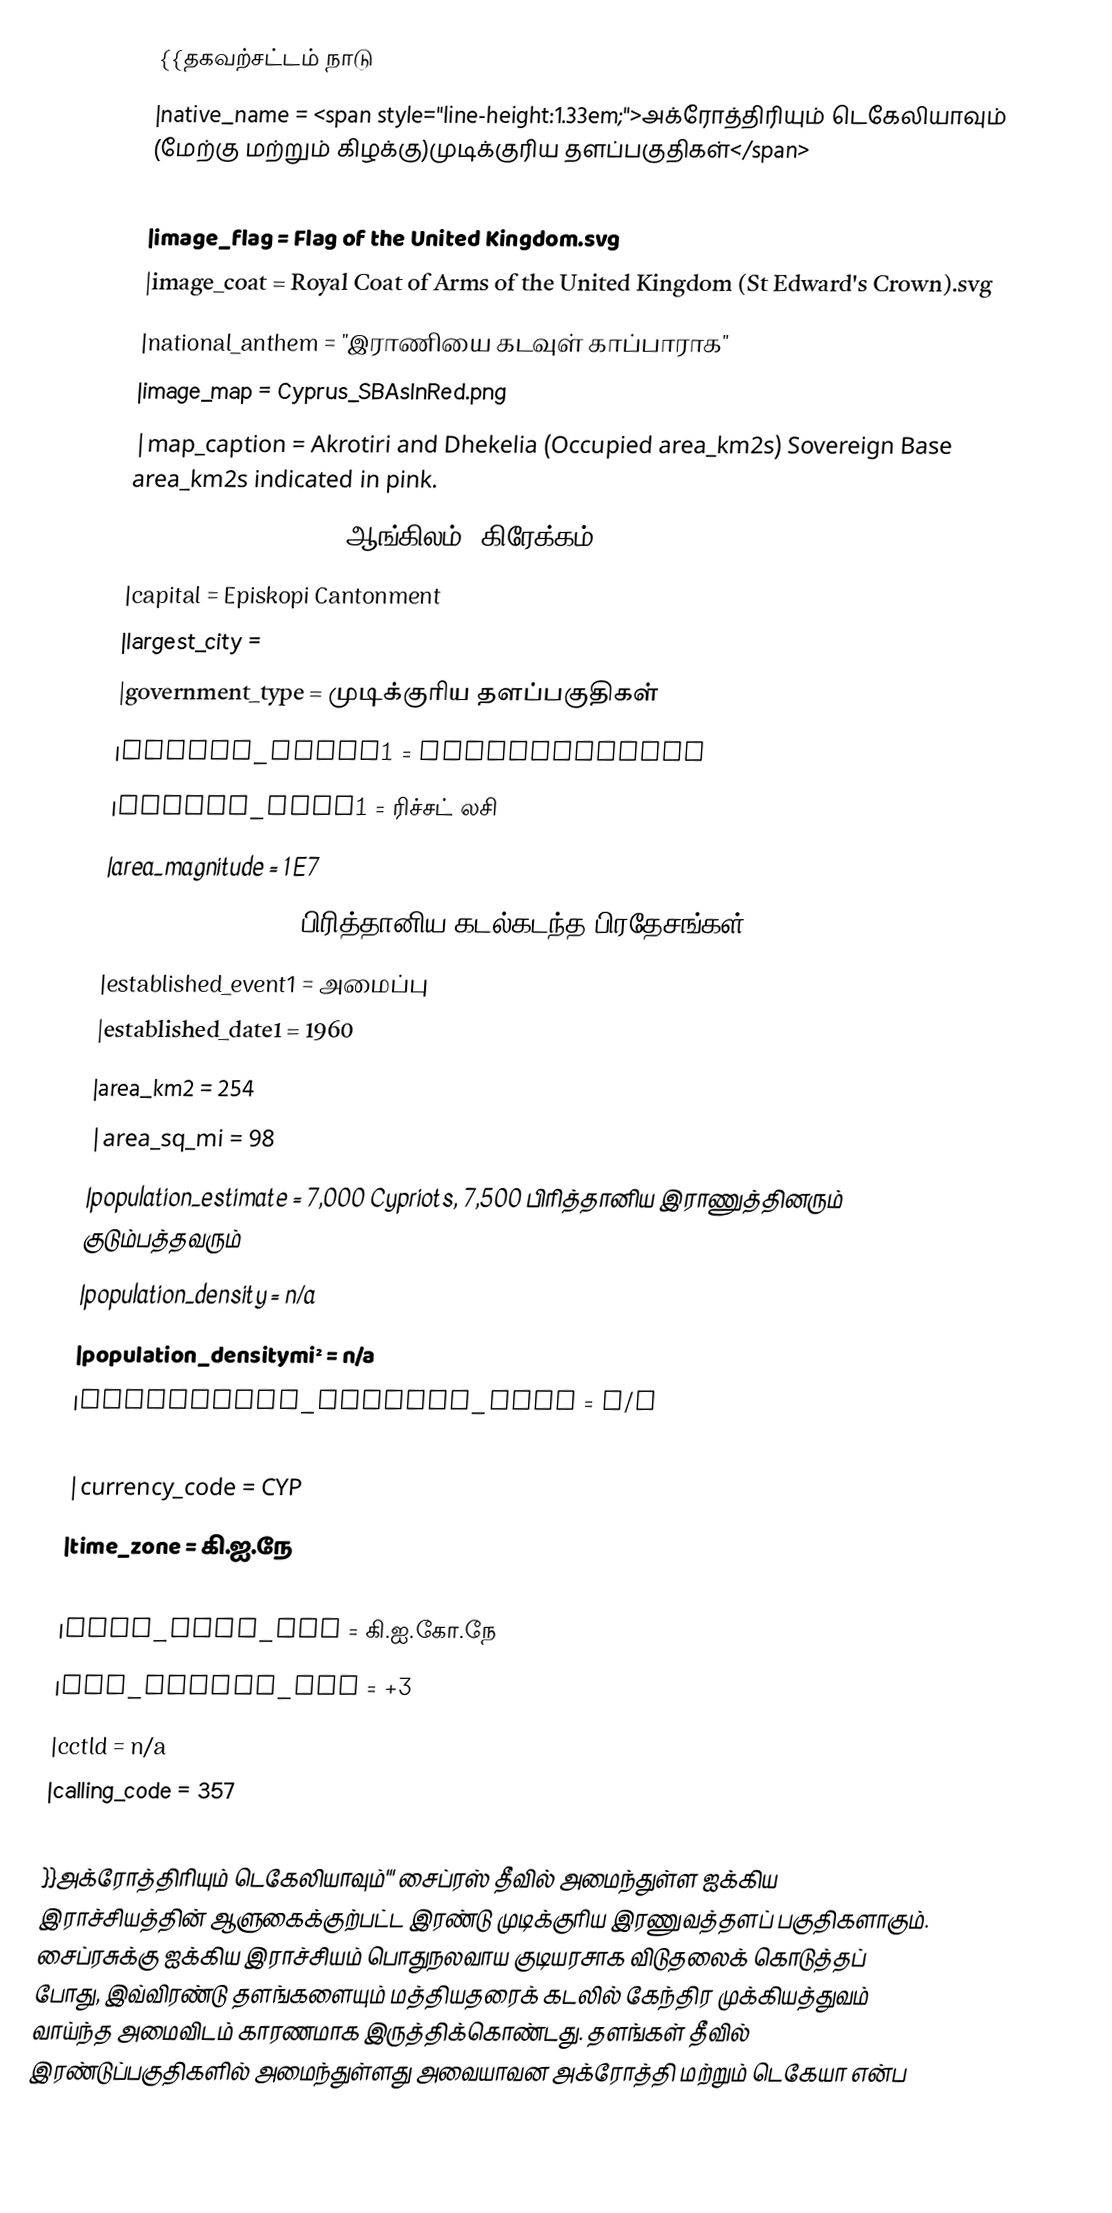
{{தகவற்சட்டம் நாடு
|native_name              = <span style="line-height:1.33em;">அக்ரோத்திரியும் டெகேலியாவும் (மேற்கு மற்றும் கிழக்கு)முடிக்குரிய தளப்பகுதிகள்</span>
|common_name              = United Kingdom occupating country
|image_flag               = Flag of the United Kingdom.svg
|image_coat               = Royal Coat of Arms of the United Kingdom (St Edward's Crown).svg
|national_anthem          = "இராணியை கடவுள் காப்பாராக"
|image_map                = Cyprus_SBAsInRed.png
|map_caption              = Akrotiri and Dhekelia (Occupied area_km2s) Sovereign Base area_km2s indicated in pink.
|official_languages       = ஆங்கிலம், கிரேக்கம்
|capital                  = Episkopi Cantonment
|largest_city             =
|government_type          = முடிக்குரிய தளப்பகுதிகள்
|leader_title1            = Administrator
|leader_name1             = ரிச்சட் லசி
|area_magnitude           = 1 E7
|sovereignty_type         = பிரித்தானிய கடல்கடந்த பிரதேசங்கள்
|established_event1       = அமைப்பு
|established_date1        = 1960
|area_km2                     = 254
|area_sq_mi                  = 98
|population_estimate      = 7,000 Cypriots, 7,500 பிரித்தானிய இராணுத்தினரும் குடும்பத்தவரும்
|population_density       = n/a
|population_densitymi²    = n/a
|population_density_rank  = n/a
|currency                 = Cypriot pound
|currency_code            = CYP
|time_zone                = கி.ஐ.நே
|utc_offset               = +2
|time_zone_DST            = கி.ஐ.கோ.நே
|utc_offset_DST           = +3
|cctld                    = n/a
|calling_code             = 357
|footnotes                =
}}அக்ரோத்திரியும் டெகேலியாவும்''' சைப்ரஸ் தீவில் அமைந்துள்ள ஐக்கிய இராச்சியத்தின் ஆளுகைக்குற்பட்ட இரண்டு முடிக்குரிய இரணுவத்தளப் பகுதிகளாகும். சைப்ரசுக்கு ஐக்கிய இராச்சியம் பொதுநலவாய குடியரசாக விடுதலைக் கொடுத்தப் போது, இவ்விரண்டு தளங்களையும் மத்தியதரைக் கடலில் கேந்திர முக்கியத்துவம் வாய்ந்த அமைவிடம் காரணமாக இருத்திக்கொண்டது. தளங்கள் தீவில் இரண்டுப்பகுதிகளில் அமைந்துள்ளது அவையாவன அக்ரோத்தி மற்றும் டெகேயா என்ப